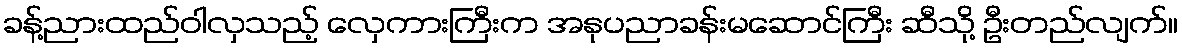
ခန့်ညားထည်ဝါလှသည့် လှေကားကြီးက အနုပညာခန်းမဆောင်ကြီး ဆီသို့ ဦးတည်လျက်။